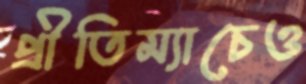
প্রীতিম্যাচেও